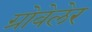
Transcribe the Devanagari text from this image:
ग्रोवेलेर